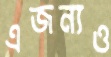
এজন্যও